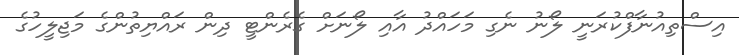
އިސްތިއުނާފްކުރަނީ ލޯނު ނެގި މަހައްދު އާއި ލޯނަށް ގެރެންޓީ ދިން ރައްޔިތުންގެ މަޖިލީހުގެ